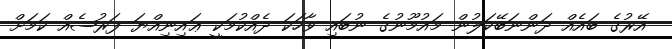
އޭރުގެ ބައެއް ދަންނަބޭކަލުން މައުމޫނުގެ ނުބައި ވާހަކަ ދެއްކުމަކީ ޢައިނިއްޔަ ފަރުޟެއް ކަމަށް